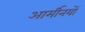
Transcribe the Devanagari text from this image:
आर्मीनयों